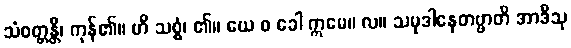
သံဝတ္တန္တိ၊ ကုန်၏။ ဟိ သစ္စံ၊ ၏။ ယေ စ ခေါ ဣမေ။ လ။ သမုဒါနေတဗ္ဗာတိ အာဒီသု